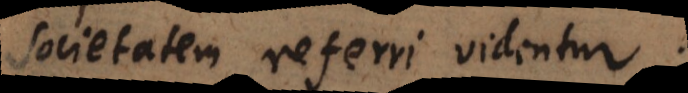
societatem referri videntur.